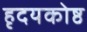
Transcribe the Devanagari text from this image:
हृदयकोष्ठ